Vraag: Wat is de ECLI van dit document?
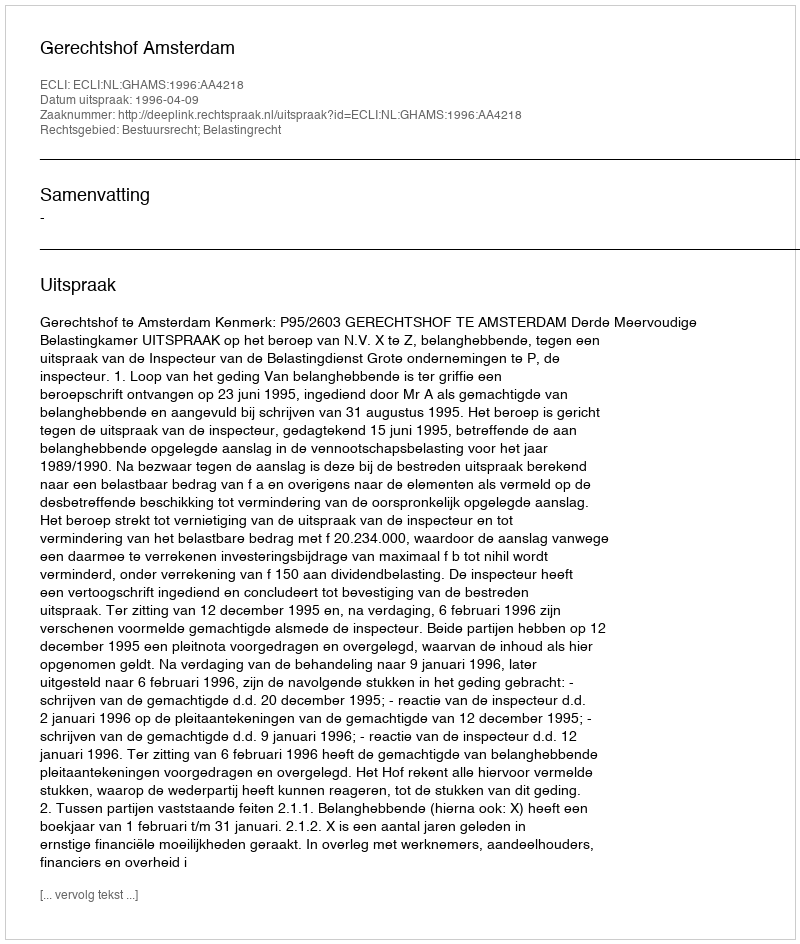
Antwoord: ECLI:NL:GHAMS:1996:AA4218